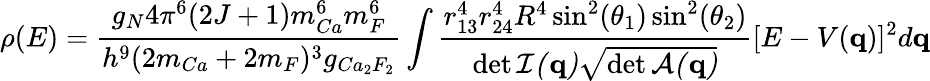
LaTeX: \rho(E)=\frac{g_{N}4\pi^{6}(2J+1)m_{Ca}^{6}m_{F}^{6}}{h^{9}(2m_{Ca}+2m_{F})^{3}g_{Ca_{2}F_{2}}}\int\frac{r_{13}^{4}r_{24}^{4}R^{4}\sin^{2}(\theta_{1})\sin^{2}(\theta_{2})}{\operatorname*{det}\cal I({\mathbf q})\sqrt{\operatorname*{det}\cal A({\mathbf q})}}[E-V({\mathbf q})]^{2}d{\mathbf q}